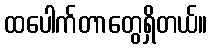
ထပေါက်တာတွေရှိတယ်။